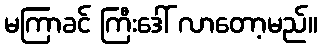
မကြာခင် ကြီးဒေါ် လာတော့မည်။